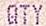
QTY